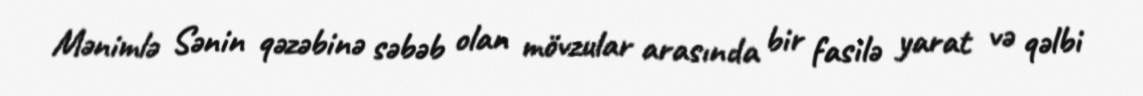
Mənimlə Sənin qəzəbinə səbəb olan mövzular arasında bir fasilə yarat və qəlbi